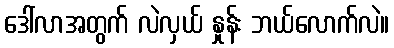
ဒေါ်လာအတွက် လဲလှယ် နှုန်း ဘယ်လောက်လဲ။